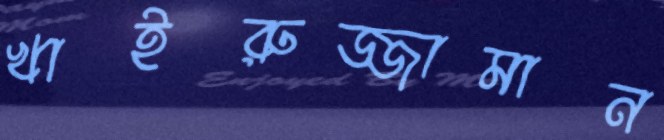
খাইরুজ্জামান